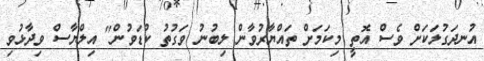
އުނދަގުލަކަށް ވެސް އޮތީ މިކަމަށް ތައްޔާރުވާން ލިބުނު ވަގުތު ކުޑަވުން" އިލްޔާސް ވިދާޅުވި